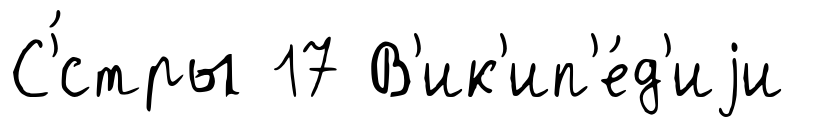
С'́стры 17 В'ик'ип'е́д'иjи